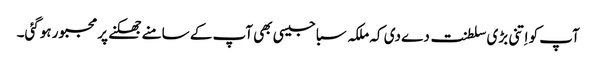
آپ کو اِتنی بڑی سلطنت دے دی کہ ملکہ سبا جیسی بھی آپ کے سامنے جھکنے پر مجبور ہوگئی۔